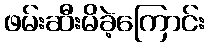
ဖမ်းဆီးမိခဲ့ကြောင်း